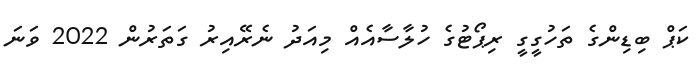
ކަޕް ބިޑިންގެ ތަހުގީގީ ރިޕޯޓުގެ ހުލާސާއެއް މިއަދު ނެރޭއިރު ގަތަރުން 2022 ވަނަ